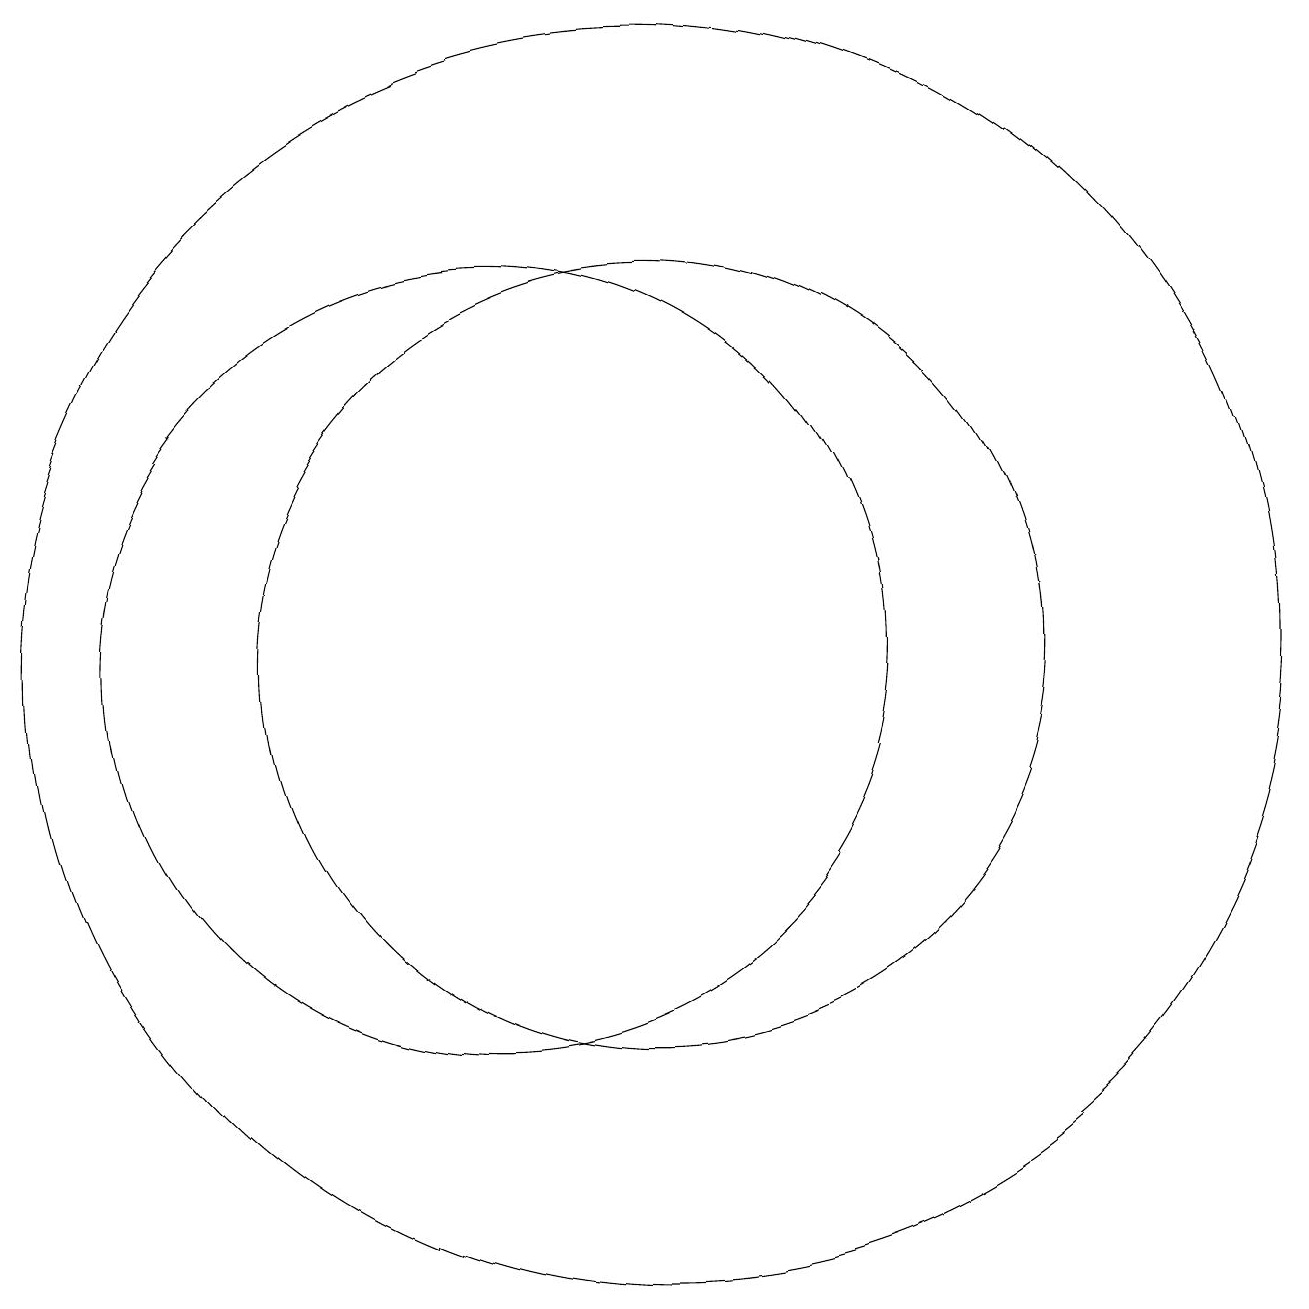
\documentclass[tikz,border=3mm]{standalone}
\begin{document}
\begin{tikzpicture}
\draw (10,12) circle (5);
\draw (12,12) circle (8);
\draw (11,11) circle (0);
\draw (12,12) circle (5);
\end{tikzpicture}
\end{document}